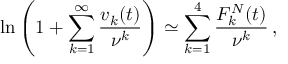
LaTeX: \ln \left( 1 + \sum _ { k = 1 } ^ { \infty } \frac { v _ { k } ( t ) } { \nu ^ { k } } \right) \simeq \sum _ { k = 1 } ^ { 4 } \frac { F _ { k } ^ { N } ( t ) } { \nu ^ { k } } \, { , }